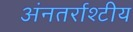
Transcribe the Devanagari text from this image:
अंनतर्राश्टीय